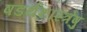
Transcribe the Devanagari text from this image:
षडर्थशास्त्रेषु